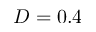
D = 0 . 4